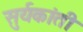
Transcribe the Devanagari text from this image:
सुर्यकांती